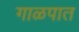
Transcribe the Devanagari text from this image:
गाळपात